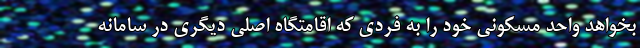
بخواهد واحد مسکونی خود را به فردی که اقامتگاه اصلی دیگری در سامانه